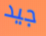
جيد